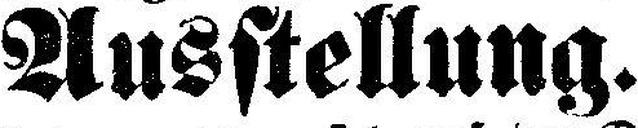
Ausstellung.